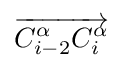
{\overrightarrow {C_{i-2}^{\alpha }C_{i}^{\alpha }}}